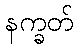
နက္ခတ်